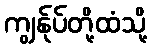
ကျွန်ုပ်တို့ထံသို့